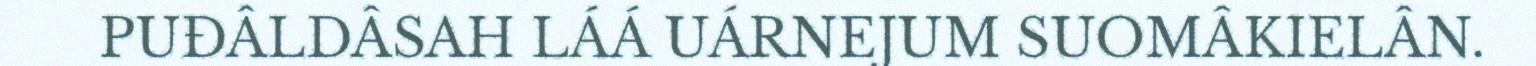
PUĐÂLDÂSAH LÁÁ UÁRNEJUM SUOMÂKIELÂN.